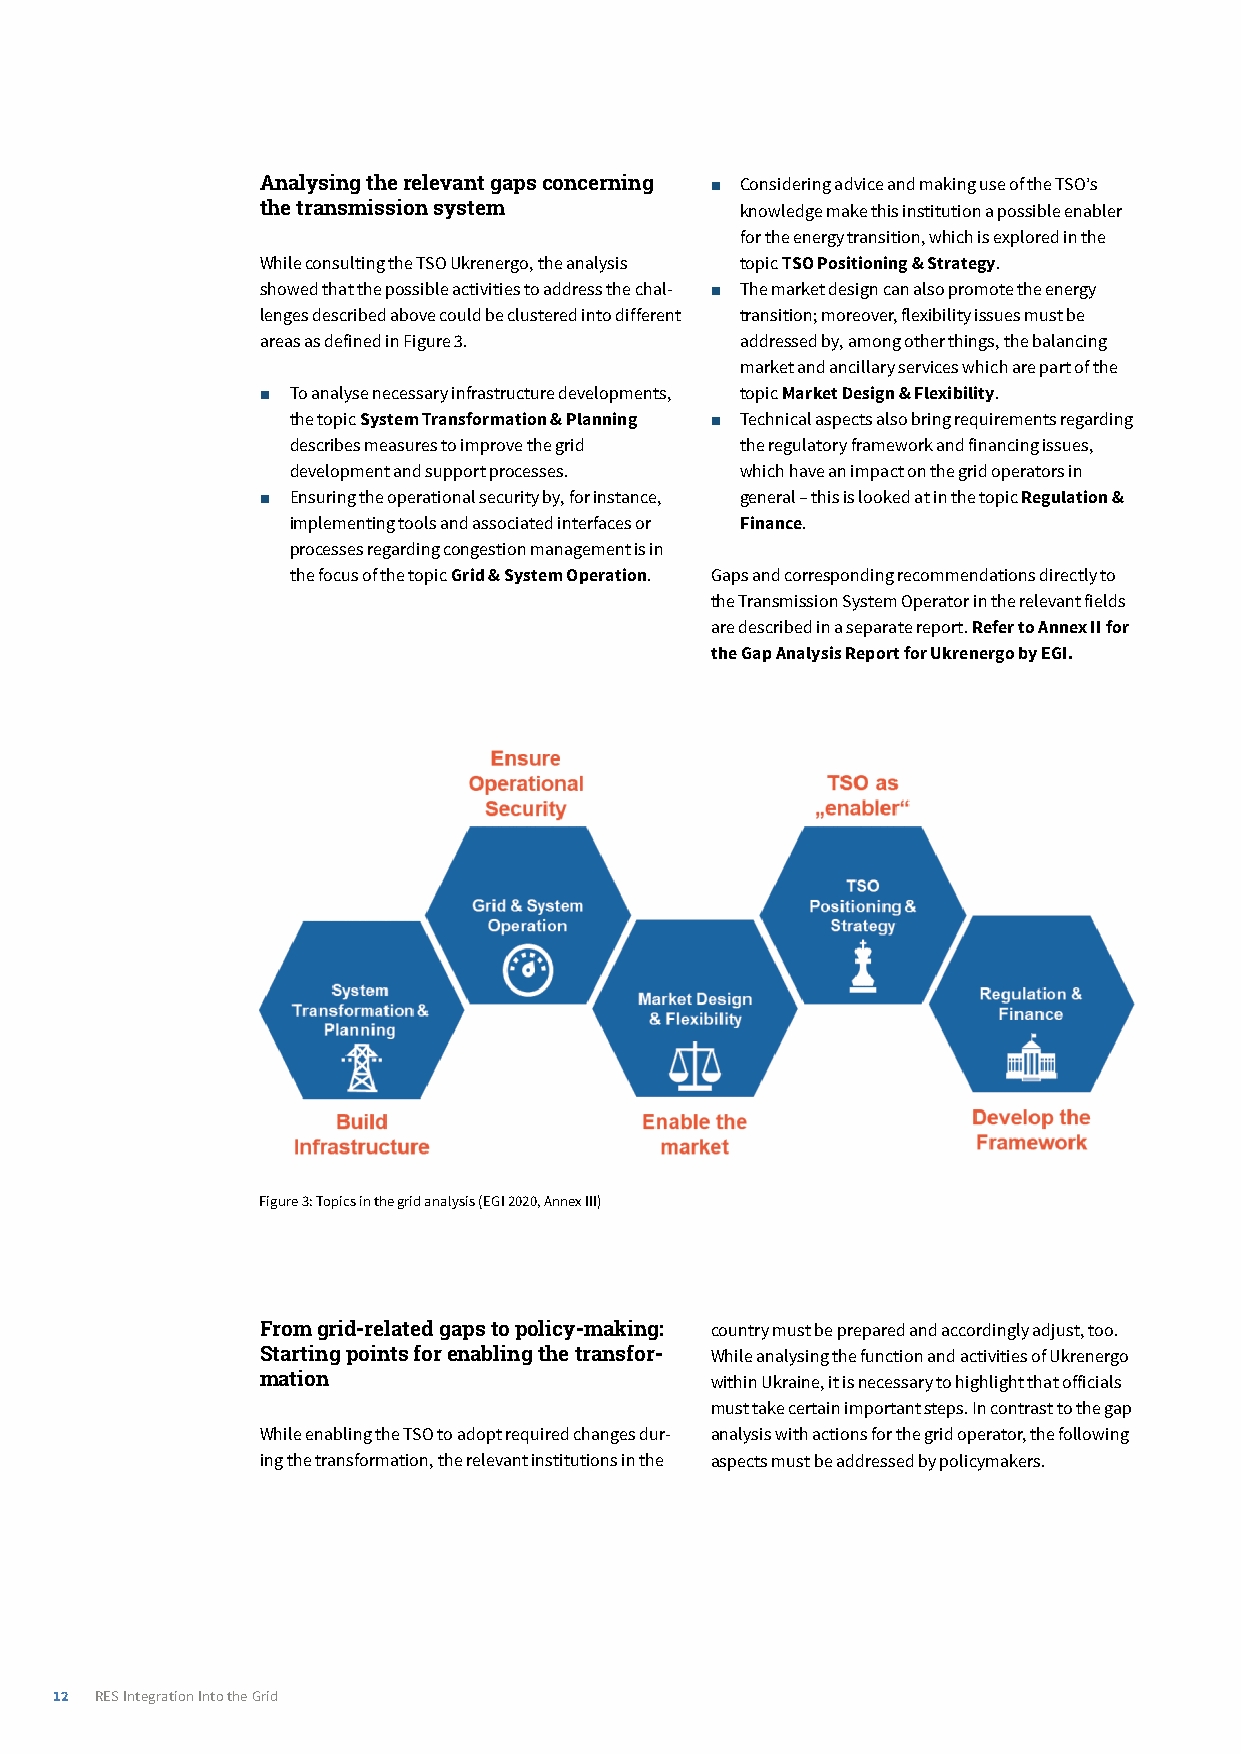
Analysing­the­relevant­gaps­concerning­ ■ Considering advice and making use of the TSO’s
 the transmission system         knowledge make this institution a possible enabler
 for the energy transition, which is explored in the
 While consulting the TSO Ukrenergo, the analysis topic TSO Positioning & Strategy.
 showed that the possible activities to address the chal- ■ The market design can also promote the energy
 lenges described above could be clustered into different transition; moreover, flexibility issues must be
 areas as defined in Figure 3.   addressed by, among other things, the balancing
 market and ancillary services which are part of the
 ■ To analyse necessary infrastructure developments, topic Market Design & Flexibility.
 the topic System Transformation & Planning ■ Technical aspects also bring requirements regarding
 describes measures to improve the grid the regulatory framework and financing issues,
 development and support processes. which have an impact on the grid operators in
 ■ Ensuring the operational security by, for instance, general – this is looked at in the topic Regulation &
 implementing tools and associated interfaces or Finance.
 processes regarding congestion management is in
 the focus of the topic Grid & System Operation. Gaps and corresponding recommendations directly to
 the Transmission System Operator in the relevant fields
 are described in a separate report. Refer to Annex II for
 the Gap Analysis Report for Ukrenergo by EGI.
 Figure 3: Topics in the grid analysis (EGI 2020, Annex III)
 From­grid-related­gaps­to­policy-making:­ country must be prepared and accordingly adjust, too.
 Starting­points­for­enabling­the­transfor- While analysing the function and activities of Ukrenergo
 mation                        within Ukraine, it is necessary to highlight that officials
 must take certain important steps. In contrast to the gap
 While enabling the TSO to adopt required changes dur- analysis with actions for the grid operator, the following
 ing the transformation, the relevant institutions in the aspects must be addressed by policymakers.
 12 RES Integration Into the Grid